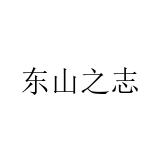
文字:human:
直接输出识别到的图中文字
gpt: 东山之志